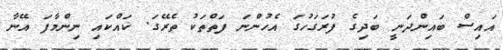
އައިސް ބައިންދަނީ ބަދިގެ ފުރަގަހުގަ އެހުންނަ ފަތްތަކު ތެރޭގަ. ކައްކައި ނިންމާފަ އޭނާ